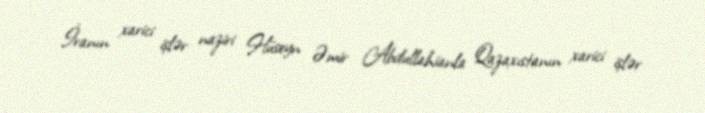
İranın xarici işlər naziri Hüseyn Əmir Abdullahianla Qazaxıstanın xarici işlər